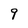
Character: 9